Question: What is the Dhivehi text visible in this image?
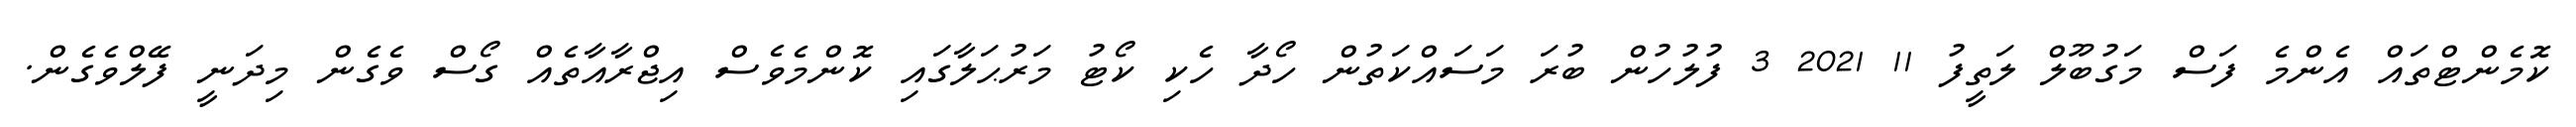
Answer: ކޮމެންޓްތައް އެންމެ ފަސް މަގުބޫލް ލަތީފު 11 2021 3 ފުލުހުން ބުރަ މަސައްކަތުން ހޯދާ ހެކި ކޯޓު މަރުޙަލާގައި ކޮންމެވެސް އިޖްރާއާތެއް ގޯސް ވެގެން މިދަނީ ފޭލްވެގެން.